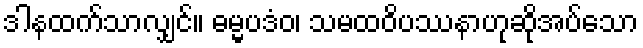
ဒါနထက်သာလျှင်။ ဓမ္မပဒံဝ၊ သမထဝိပဿနာဟုဆိုအပ်သော